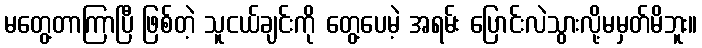
မတွေ့တာကြာပြီ ဖြစ်တဲ့ သူငယ်ချင်းကို တွေ့ပေမဲ့ အရမ်း ပြောင်းလဲသွားလို့မမှတ်မိဘူး။